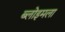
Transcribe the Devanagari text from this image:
ब्लोइमला